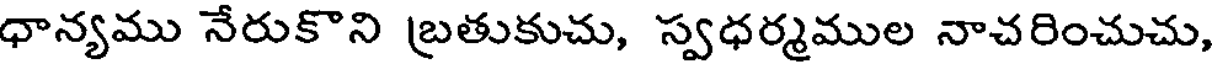
ధాన్యము నేరుకొని బ్రతుకుచు, స్వధర్మముల నాచరించుచు,